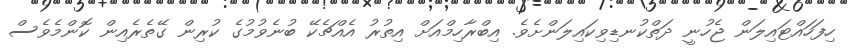
ހިފަހައްޓައިލަން ޖެހުނީ ދަތްކުނޑިވިކައިލަންށެވެ. އިބްރާހިމްއަށް އިތުރު އެއްޗެކޭ ބުނެވުމުގެ ކުރިން ގޭތެރެއިން ކޮންމެވެސް